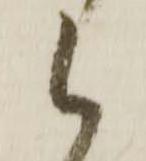
候